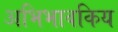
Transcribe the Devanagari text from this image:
अभिभावकिय